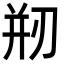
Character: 剏